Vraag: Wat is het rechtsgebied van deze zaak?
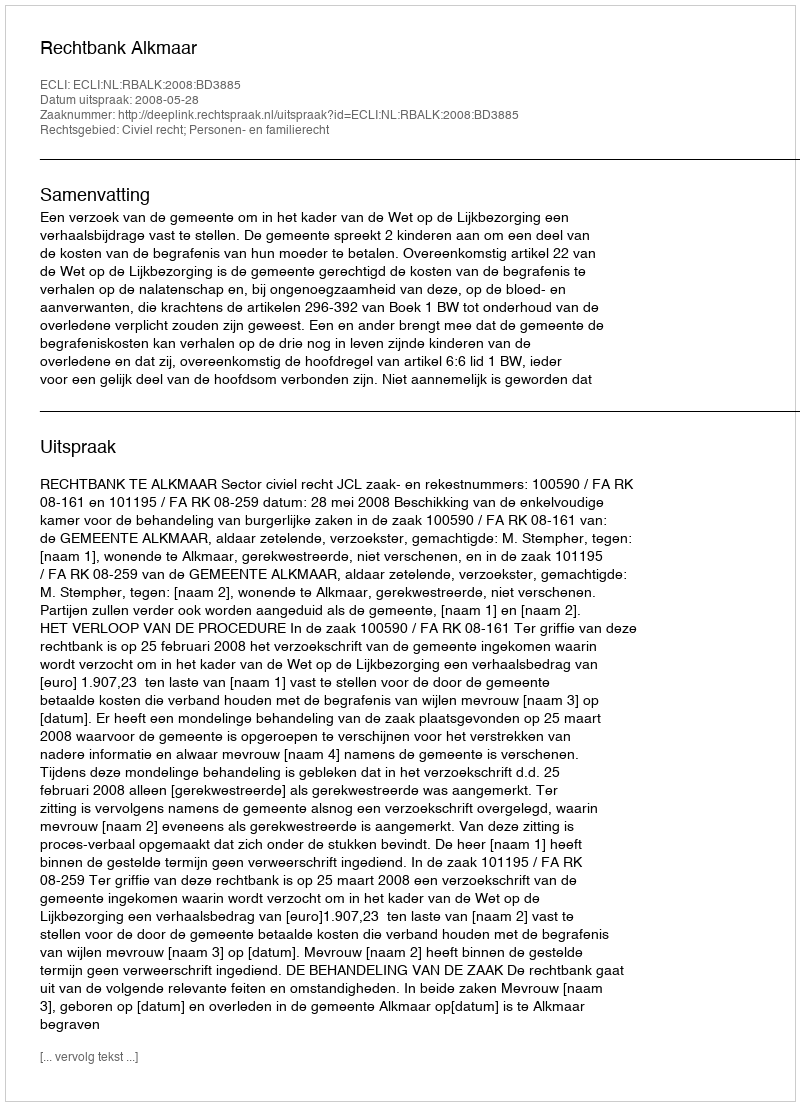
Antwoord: Civiel recht; Personen- en familierecht